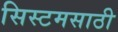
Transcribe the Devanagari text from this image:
सिस्टमसाठी